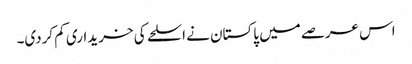
اس عرصے میں پاکستان نے اسلحے کی خریداری کم کردی۔